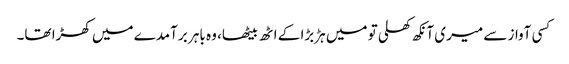
کسی آواز سے میری آنکھ کھلی تو میں ہڑبڑا کے اٹھ بیٹھا، وہ باہر برآمدے میں کھڑا تھا۔